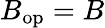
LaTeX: B_{\mathrm{op}}=B